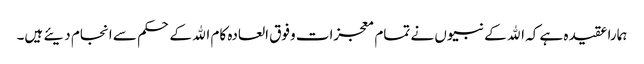
ہمارا عقیدہ ہے کہ الله کے نبیوں نے تمام معجزات وفوق العادہ کام الله کے حکم سے انجام دیئے ہیں۔